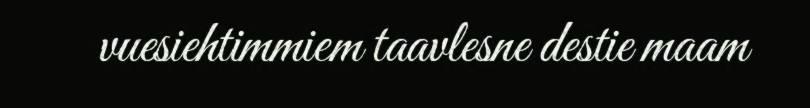
vuesiehtimmiem taavlesne destie maam